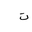
Letter: _ta